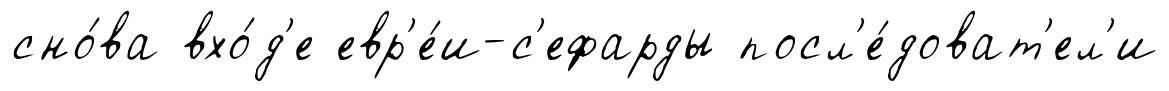
сно́ва вхо́д'е евр'е́и-с'ефарды посл'е́доват'ел'и